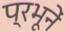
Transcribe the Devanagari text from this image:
प्रभूनें